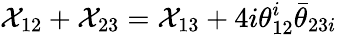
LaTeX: {\cal X}_{12}+{\cal X}_{23}={\cal X}_{13}+4i\theta_{12}^{i}\bar{\theta}_{23i}